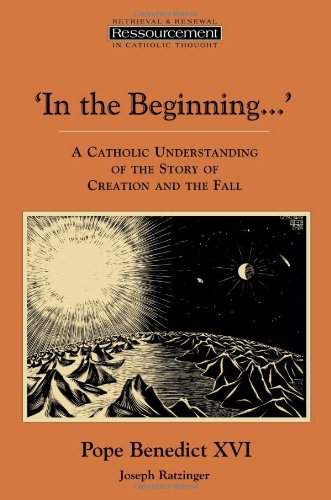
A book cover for In the BeginningE¦': A Catholic Understanding of the Story of Creation and the Fall (Ressourcement: Retreival and Renewal in Catholic Thought); Joseph Cardinal Ratzinger; Christian Books & Bibles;